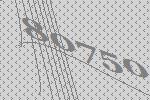
80750